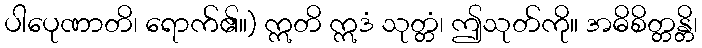
ပါပေုဏာတိ၊ ရောက်၏။) ဣတိ ဣဒံ သုတ္တံ၊ ဤသုတ်ကို။ အဓိစိတ္တန္တိ၊